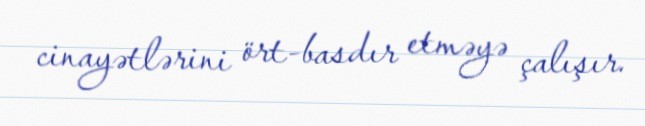
cinayətlərini ört-basdır etməyə çalışır.